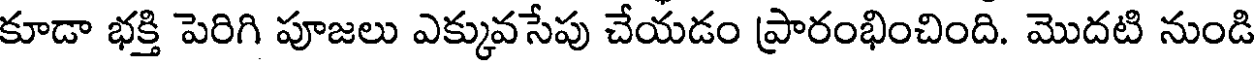
కూడా భక్తి పెరిగి పూజలు ఎక్కువసేపు చేయడం ప్రారంభించింది. మొదటి నుండి